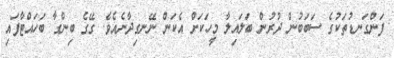
ފަންގަނޑުތަކުގެ ސަބަބުން ދުރުން ބަލައިލާ މީހަކަށް އެކަން ނޭނގިދާނެއެވެ. ގޭގެ ބިންގާ ބަހައްޓާފައި